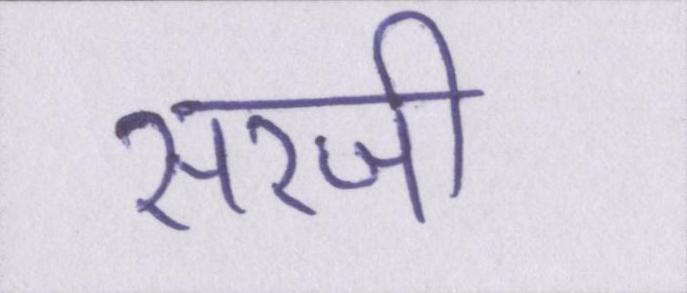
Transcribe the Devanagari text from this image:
सरजी